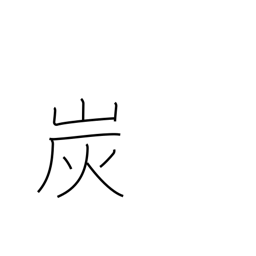
Meaning: charcoal